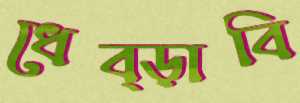
ধেব্‌ড়াবি